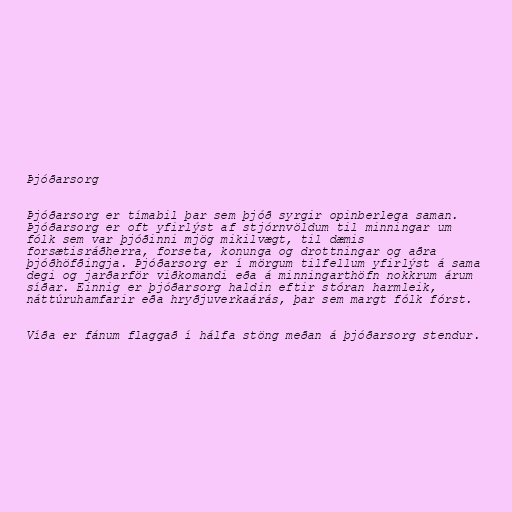
Þjóðarsorg

Þjóðarsorg er tímabil þar sem þjóð syrgir opinberlega saman.
Þjóðarsorg er oft yfirlýst af stjórnvöldum til minningar um
fólk sem var þjóðinni mjög mikilvægt, til dæmis
forsætisráðherra, forseta, konunga og drottningar og aðra
þjóðhöfðingja. Þjóðarsorg er í mörgum tilfellum yfirlýst á sama
degi og jarðarför viðkomandi eða á minningarthöfn nokkrum árum
síðar. Einnig er þjóðarsorg haldin eftir stóran harmleik,
náttúruhamfarir eða hryðjuverkaárás, þar sem margt fólk fórst.

Víða er fánum flaggað í hálfa stöng meðan á þjóðarsorg stendur.